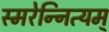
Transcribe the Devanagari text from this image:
स्मरेन्‍नित्यम्‌